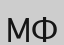
МФ